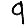
Digit: 9